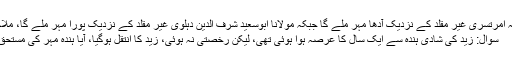
مولانا ثناء اللہ امرتسری غیر مقلد کے نزدیک آدھا مہر ملے گا جبکہ مولانا ابوسعید شرف الدین دہلوی غیر مقلد کے نزدیک پورا مہر ملے گا، ملاحظہ فرمائی:
سوال: زید کی شادی ہندہ سے ایک سال کا عرصہ ہوا ہوئی تھی، لیکن رخصتی نہ ہوئی، زید کا انتقل ہوگیا، آیا ہندہ مہر کی مستحق ہے یا نہیں؟